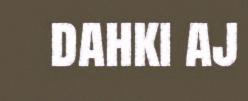
dahki aj